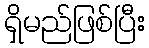
ရှိမည်ဖြစ်ပြီး